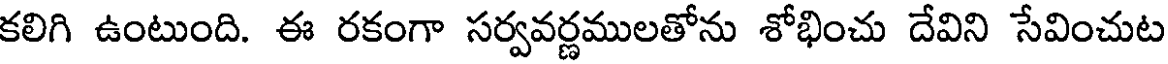
కలిగి ఉంటుంది. ఈ రకంగా సర్వవర్ణములతోను శోభించు దేవిని సేవించుట